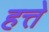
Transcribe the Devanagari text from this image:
हत्ते